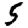
Digit: 5